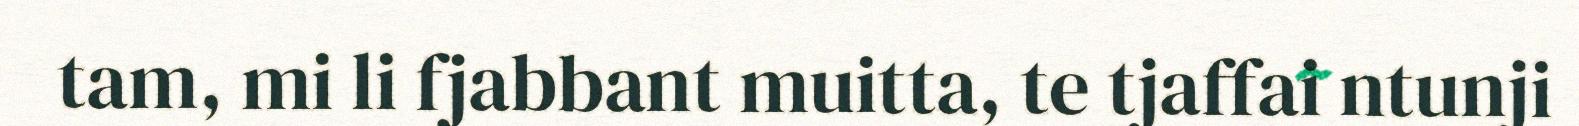
tam, mi li fjabbant muitta, te tjaffai ntunji